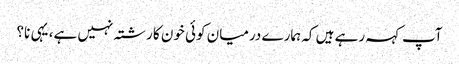
آپ کہہ رہے ہیں کہ ہمارے درمیان کوئی خون کا رشتہ نہیں ہے، یہی نا؟